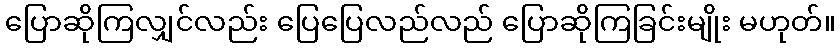
ပြောဆိုကြလျှင်လည်း ပြေပြေလည်လည် ပြောဆိုကြခြင်းမျိုး မဟုတ်။